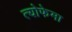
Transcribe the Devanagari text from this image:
त्योफेमा